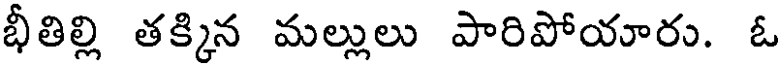
భీతిల్లి తక్కిన మల్లులు పారిపోయారు. ఓ